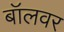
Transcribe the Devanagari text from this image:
बॉलवर